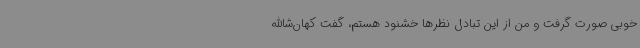
خوبی صورت گرفت و من از این تبادل نظرها خشنود هستم، گفت کهان‌شاالله